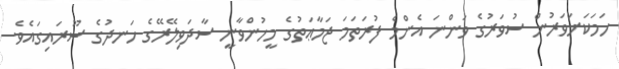
ހަމަކަށަވަރުން ސުވަރުގެ ވަންނަ އެންމެ ފުރަތަމަ ޖަމާޢަތުގެ މީހުންވާނީ ސާދަވިލޭރޭގެ ހަނދުގެ ސޫރައިގައެވެ.